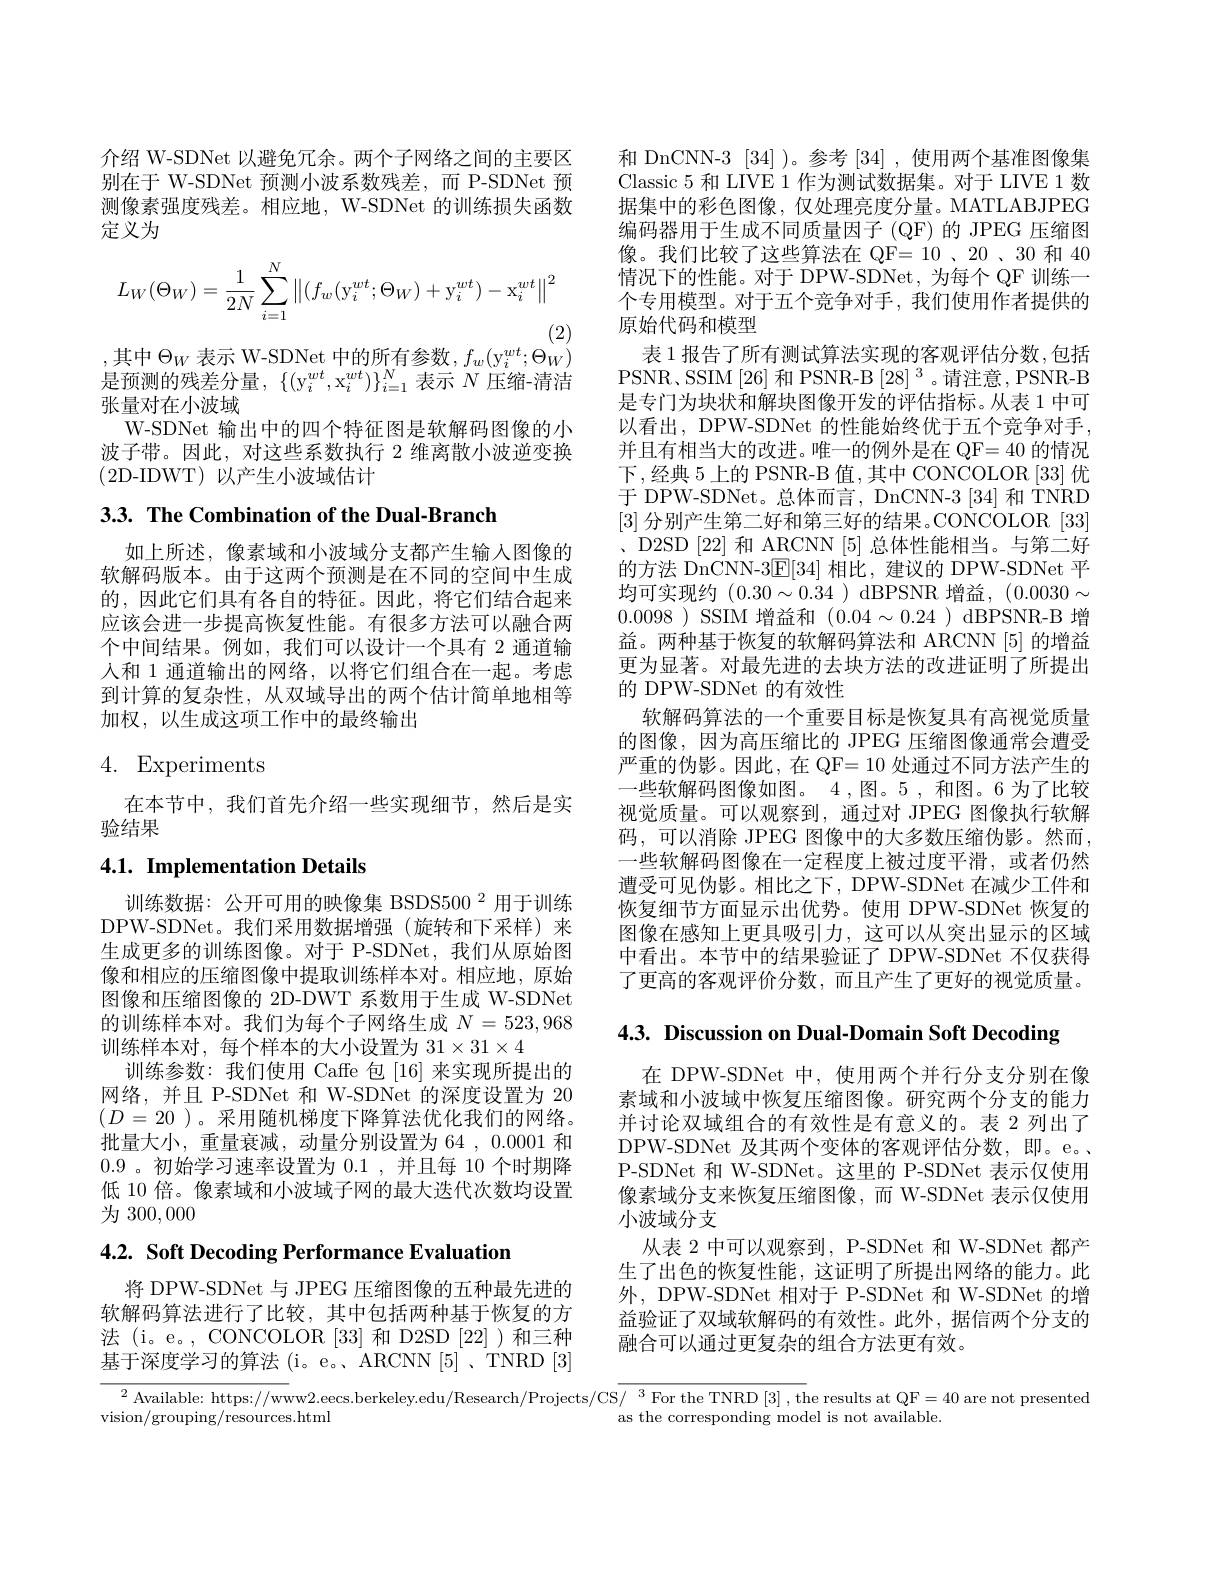
介绍 W-SDNet 以避免冗余。两个子网络之间的主要区别在于 W-SDNet 预测小波系数残差，而 P-SDNet 预测像素强度残差。相应地，W-SDNet 的训练损失函数定义为
$$L_W(\Theta_W)=\frac{1}{2N}\sum_{i=1}^{N}\left\|(f_w(\mathrm{y}_i^{wt};\Theta_W)+\mathrm{y}_i^{wt})-\mathrm{x}_i^{wt}\right\|^2$$
(2)

,其中$\Theta_W$表示 W-SDNet 中的所有参数，$f_w(\mathrm{y}_i^{wt};\Theta_W)$

是预测的残差分量，$\{(\mathrm{y}_i^{wt},\mathrm{x}_i^{wt})\}_{i=1}^N$表示$N$压缩-清洁
张量对在小波域
W-SDNet 输出中的四个特征图是软解码图像的小波子带。因此，对这些系数执行 2 维离散小波逆变换(2D-IDWT)以产生小波域估计

3.3. The Combination of the Dual-Branch

和 DnCNN-3 [34] )。参考 [34] ,使用两个基准图像集Classic 5 和 LIVE 1 作为测试数据集。对于 LIVE 1 数据集中的彩色图像，仅处理亮度分量。MATLABJPEG 编码器用于生成不同质量因子 (QF)的 JPEG 压缩图像。我们比较了这些算法在 QF=10 、20 、30 和 40情况下的性能。对于 DPW-SDNet, 为每个 QF 训练一个专用模型。对于五个竞争对手，我们使用作者提供的原始代码和模型
表 1 报告了所有测试算法实现的客观评估分数，包括PSNR、SSIM[26] 和 PSNR-B [28] 3。请注意，PSNR-B 是专门为块状和解块图像开发的评估指标。从表 1 中可以看出，DPW-SDNet 的性能始终优于五个竞争对手， 并且有相当大的改进。唯一的例外是在 QF= 40 的情况下，经典 5 上的 PSNR-B 值，其中 CONCOLOR [33] 优于 DPW-SDNet。总体而言，DnCNN-3 [34] 和 TNRD [3]分别产生第二好和第三好的结果。CONCOLOR [33] 、D2SD[22] 和 ARCNN[5] 总体性能相当。与第二好的方法 DnCNN-3$\mathbb{E}[34]$相比，建议的 DPW-SDNet 平均可实现约$(0.30\sim0.34)$ dBPSNR 增益，$(0.0030\sim$ 0.0098 ) SSIM 增益和$( 0. 04\sim 0. 24$ ) dBPSNR-B 增益。两种基于恢复的软解码算法和 ARCNN [5] 的增益更为显著。对最先进的去块方法的改进证明了所提出的 DPW-SDNet 的有效性
软解码算法的一个重要目标是恢复具有高视觉质量的图像，因为高压缩比的 JPEG 压缩图像通常会遭受严重的伪影。因此，在 QF= 10 处通过不同方法产生的一些软解码图像如图。4 ,图。5 , 和图。6 为了比较视觉质量。可以观察到，通过对 JPEG 图像执行软解码，可以消除 JPEG 图像中的大多数压缩伪影。然而， 一些软解码图像在一定程度上被过度平滑，或者仍然遭受可见伪影。相比之下，DPW-SDNet 在减少工件和恢复细节方面显示出优势。使用 DPW-SDNet 恢复的图像在感知上更具吸引力，这可以从突出显示的区域中看出。本节中的结果验证了 DPW-SDNet 不仅获得了更高的客观评价分数，而且产生了更好的视觉质量。

如上所述，像素域和小波域分支都产生输入图像的软解码版本。由于这两个预测是在不同的空间中生成的，因此它们具有各自的特征。因此，将它们结合起来应该会进一步提高恢复性能。有很多方法可以融合两个中间结果。例如，我们可以设计一个具有 2 通道输入和 1 通道输出的网络，以将它们组合在一起。考虑到计算的复杂性，从双域导出的两个估计简单地相等加权，以生成这项工作中的最终输出

# 4. Experiments

在本节中，我们首先介绍一些实现细节，然后是实
验结果

# 4.1. Implementation Details

4.3. Discussion on Dual-Domain Soft Decoding

训练数据：公开可用的映像集 BSDS500 2 用于训练DPW-SDNet。我们采用数据增强(旋转和下采样)来生成更多的训练图像。对于 P-SDNet,我们从原始图像和相应的压缩图像中提取训练样本对。相应地，原始图像和压缩图像的 2D-DWT 系数用于生成 W-SDNet 的训练样本对。我们为每个子网络生成$N=523,968$ 训练样本对，每个样本的大小设置为$31\times31\times4$
训练参数：我们使用 Caffe 包[16]来实现所提出的网络，并且 P-SDNet 和 W-SDNet 的深度设置为 20 $(D=20$ )。采用随机梯度下降算法优化我们的网络。批量大小，重量衰减，动量分别设置为 64 , 0.0001 和0.9。初始学习速率设置为0.1 ,并且每 10 个时期降低 10 倍。像素域和小波域子网的最大迭代次数均设置为 300,000

在 DPW-SDNet 中，使用两个并行分支分别在像素域和小波域中恢复压缩图像。研究两个分支的能力并讨论双域组合的有效性是有意义的。表 2 列出了DPW-SDNet 及其两个变体的客观评估分数，即。e。、 P-SDNet 和 W-SDNet。这里的 P-SDNet 表示仅使用像素域分支来恢复压缩图像，而 W-SDNet 表示仅使用小波域分支
从表 2 中可以观察到，P-SDNet 和 W-SDNet 都产生了出色的恢复性能，这证明了所提出网络的能力。此外，DPW-SDNet 相对于 P-SDNet 和 W-SDNet 的增益验证了双域软解码的有效性。此外，据信两个分支的融合可以通过更复杂的组合方法更有效。

4.2. Soft Decoding Performance Evaluation

将 DPW-SDNet 与 JPEG 压缩图像的五种最先进的软解码算法进行了比较，其中包括两种基于恢复的方法 (i。e。, CONCOLOR [33] 和 D2SD [22])和三种基于深度学习的算法(i。e。ARCNN[5]、TNRD[3]

$^2$ Available: https: //www2.eecs.berkeley.edu/Research/Projects/CS/ $^3$ For the TNRD [3] , the results at QF=40 are not presented
vision/grouping/resources.html
as the corresponding model is not available.